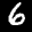
Label: 6